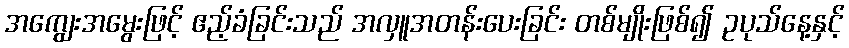
အကျွေးအမွေးဖြင့် ဧည့်ခံခြင်းသည် အလှူအတန်းပေးခြင်း တစ်မျိုးဖြစ်၍ ဥပုသ်နေ့နှင့်